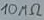
Text: 10MΩ